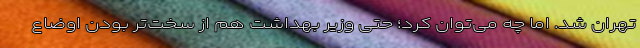
تهران شد. اما چه می‌توان کرد؛ حتی وزیر بهداشت هم از سخت‌تر بودن اوضاع